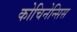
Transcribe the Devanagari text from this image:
कोचिनेन्सिस